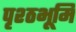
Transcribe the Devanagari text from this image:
पृश्ठभूमि